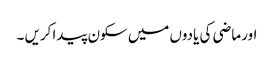
اور ماضی کی یادوں میں سکون پیدا کریں ۔